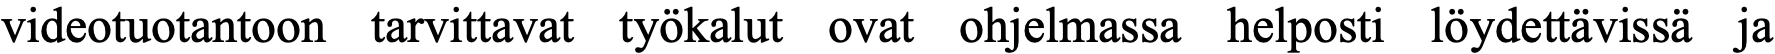
videotuotantoon tarvittavat työkalut ovat ohjelmassa helposti löydettävissä ja